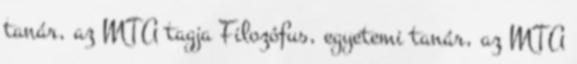
tanár, az MTA tagja Filozófus, egyetemi tanár, az MTA